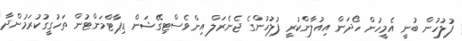
ފުލުހުން ބުނީ އެމީހުން ހޯދަން އިއުލާންކުރީ ފުލުހުންގެ ޖެނެރަލް އިންވެސްޓިގޭޝަން ޑިޕާޓްމަންޓުން ތަހުގީގުކުރަމުންދާ